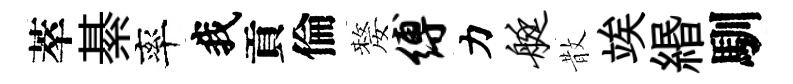
萃綦率我貢倫嫠缚力艇散竢緡馴